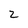
Character: 2